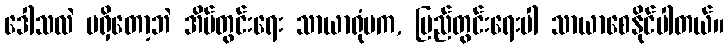
ဒေါသလဲ မရှိတော့ဘဲ အိမ်တွင်းရေး သာယာရုံမက, ပြည်တွင်းရေးပါ သာယာစေနိုင်ပါတယ်။